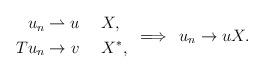
LaTeX: \begin{align*}\begin{aligned}u_n &\rightharpoonup u &&X,\\Tu_n &\rightarrow v \enspace &&X^{*},\\\end{aligned}\enspace \Longrightarrow \enspace u_n \rightarrow u X.\end{align*}